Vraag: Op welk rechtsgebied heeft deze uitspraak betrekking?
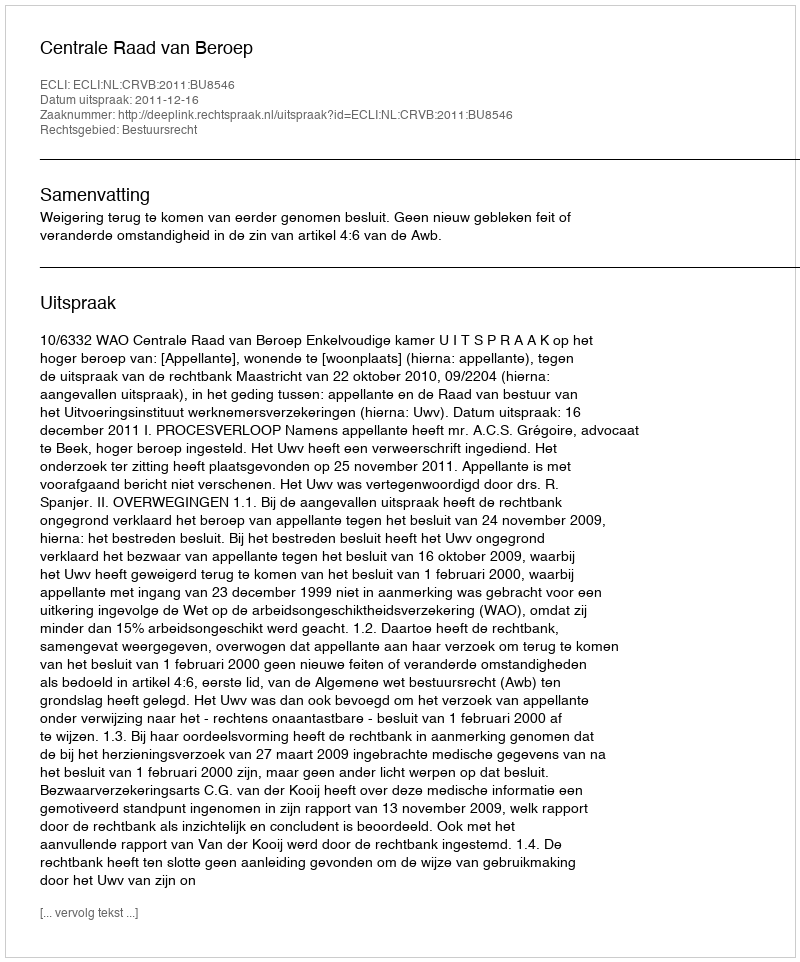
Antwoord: Bestuursrecht